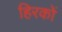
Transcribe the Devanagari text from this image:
हिरकों